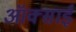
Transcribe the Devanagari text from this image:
ऑक्साई